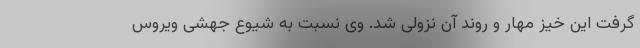
گرفت این خیز مهار و روند آن نزولی شد. وی نسبت به شیوع جهشی ویروس